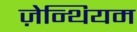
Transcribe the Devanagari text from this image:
ज़ेन्थियम